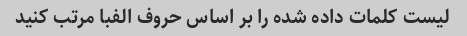
لیست کلمات داده شده را بر اساس حروف الفبا مرتب کنید